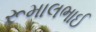
રૂમાલભાઈ